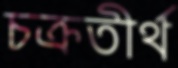
চক্রতীর্থ